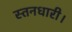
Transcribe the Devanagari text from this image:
स्तनधारी।